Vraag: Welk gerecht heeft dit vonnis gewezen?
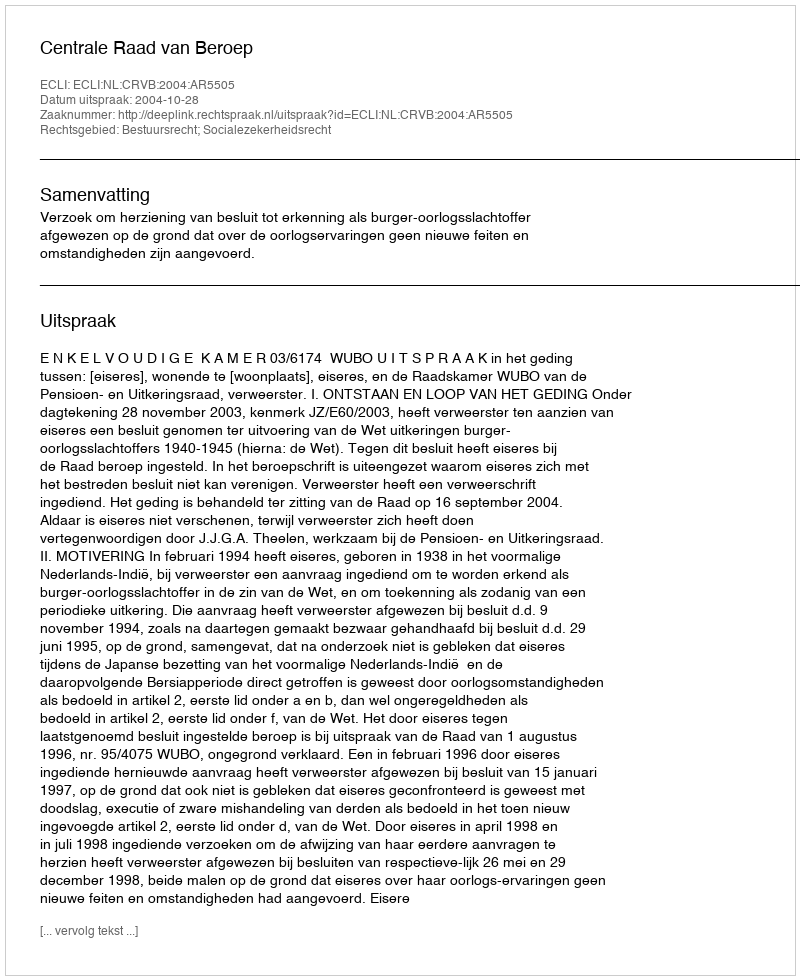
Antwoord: Centrale Raad van Beroep